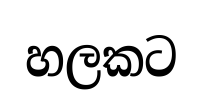
හලකට